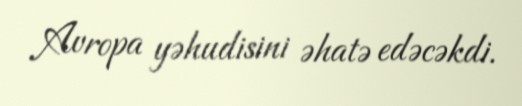
Avropa yəhudisini əhatə edəcəkdi.